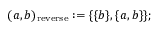
( a , b ) _ { \mathrm { r e v e r s e } } : = \{ \{ b \} , \{ a , b \} \} ;